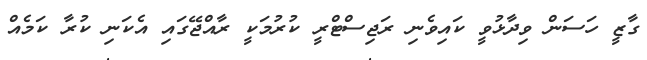
ގާޒީ ހަސަން ވިދާޅުވީ ކައިވެނި ރަޖިސްޓްރީ ކުރުމަކީ ރާއްޖޭގައި އެކަނި ކުރާ ކަމެއް